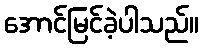
အောင်မြင်ခဲ့ပါသည်။